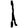
Digit: 1